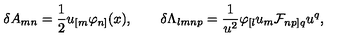
\delta A _ { m n } = { \frac { 1 } { 2 } } u _ { [ m } \varphi _ { n ] } ( x ) , \qquad \delta \Lambda _ { l m n p } = { \frac { 1 } { u ^ { 2 } } } \varphi _ { [ l } u _ { m } { \cal F } _ { n p ] q } u ^ { q } ,